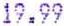
19.99